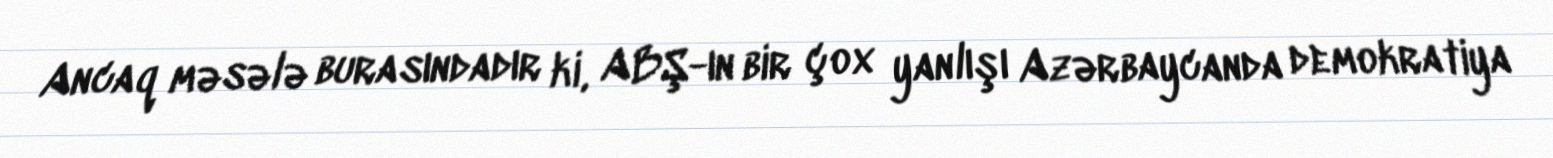
Ancaq məsələ burasındadır ki, ABŞ-ın bir çox yanlışı Azərbaycanda demokratiya